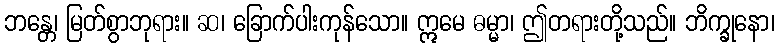
ဘန္တေ၊ မြတ်စွာဘုရား။ ဆ၊ ခြောက်ပါးကုန်သော။ ဣမေ ဓမ္မာ၊ ဤတရားတို့သည်။ ဘိက္ခုနော၊